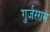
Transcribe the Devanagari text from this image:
गुर्जरराम